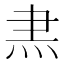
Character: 𭴘